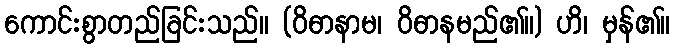
ကောင်းစွာတည်ခြင်းသည်။ (ဝိဓာနာမ၊ ဝိဓာနမည်၏။) ဟိ၊ မှန်၏။